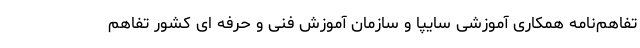
تفاهم‌نامه همکاری آموزشی سایپا و سازمان آموزش فنی و حرفه ای کشور تفاهم